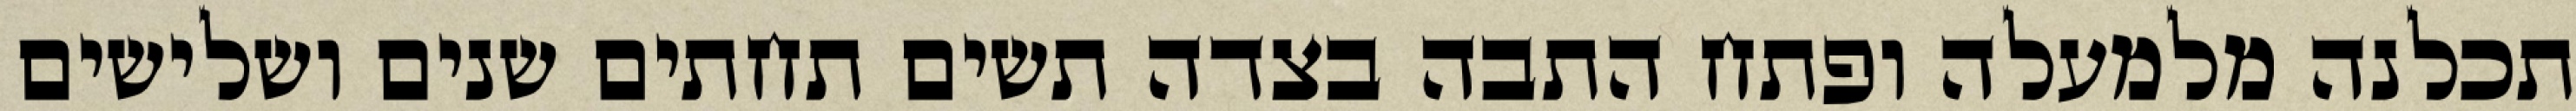
תכלנה מלמעלה ופתח התבה בצדה תשים תחתים שנים ושלישים